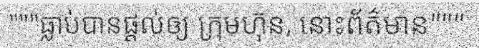
"""ធ្លាប់បានផ្តល់ឲ្យ ក្រុមហ៊ុន, នោះព័ត៌មាន"""